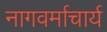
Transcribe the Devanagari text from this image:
नागवर्माचार्य